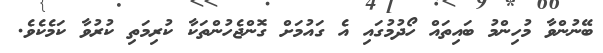
ބޭނުންވާ މުހިންމު ބައިތައް ހޯދުމުގައި އެ ގައުމަށް ގޮންޖެހުންތަކާ ކުރިމަތި ކުރުވާ ކަމެކެވެ.